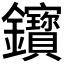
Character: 𨰦